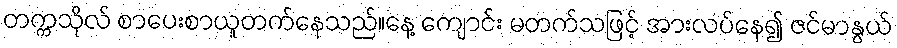
တက္ကသိုလ် စာပေးစာယူတက်နေသည်။နေ့ ကျောင်း မတက်သဖြင့် အားလပ်နေ၍ ဇင်မာနွယ်